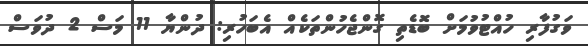
ވަގުފާރި ހުއްޓުވުމަށް ބޮޑެތި ގޮންޖެހުންތަކެއް އެބަހުރި: ދުންޔާ 11 މަސް 2 ދުވަސް